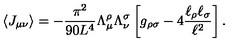
\langle J _ { \mu \nu } \rangle = - \frac { \pi ^ { 2 } } { 9 0 L ^ { 4 } } \Lambda _ { \mu } ^ { \rho } \Lambda _ { \nu } ^ { \sigma } \left[ g _ { \rho \sigma } - 4 \frac { \ell _ { \rho } \ell _ { \sigma } } { \ell ^ { 2 } } \right] .